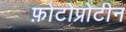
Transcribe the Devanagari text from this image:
फ़ोटोप्रोटीन